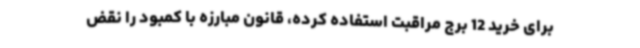
برای خرید 12 برج مراقبت استفاده کرده، قانون مبارزه با کمبود را نقض